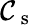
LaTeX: \mathcal{C}_{\mathrm{{~s~}}}